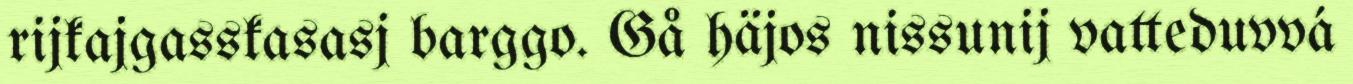
rijkajgasskasasj barggo. Gå häjos nissunij vatteduvvá